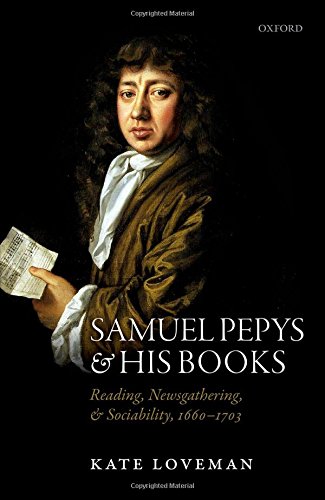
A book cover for Samuel Pepys and his Books: Reading, Newsgathering, and Sociability, 1660-1703; Kate Loveman; Literature & Fiction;